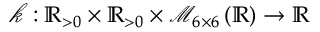
\mathcal { k } : \mathbb { R } _ { > 0 } \times \mathbb { R } _ { > 0 } \times \mathcal { M } _ { 6 \times 6 } \left( \mathbb { R } \right) \to \mathbb { R }